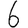
Digit: 6